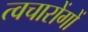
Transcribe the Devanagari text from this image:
त्वचारोंगों